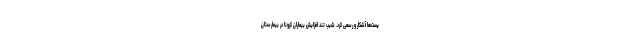
یست‌ها آشکار و رسمی کرد. شیب تند افزایش بیماران کرونا در بیمارستان